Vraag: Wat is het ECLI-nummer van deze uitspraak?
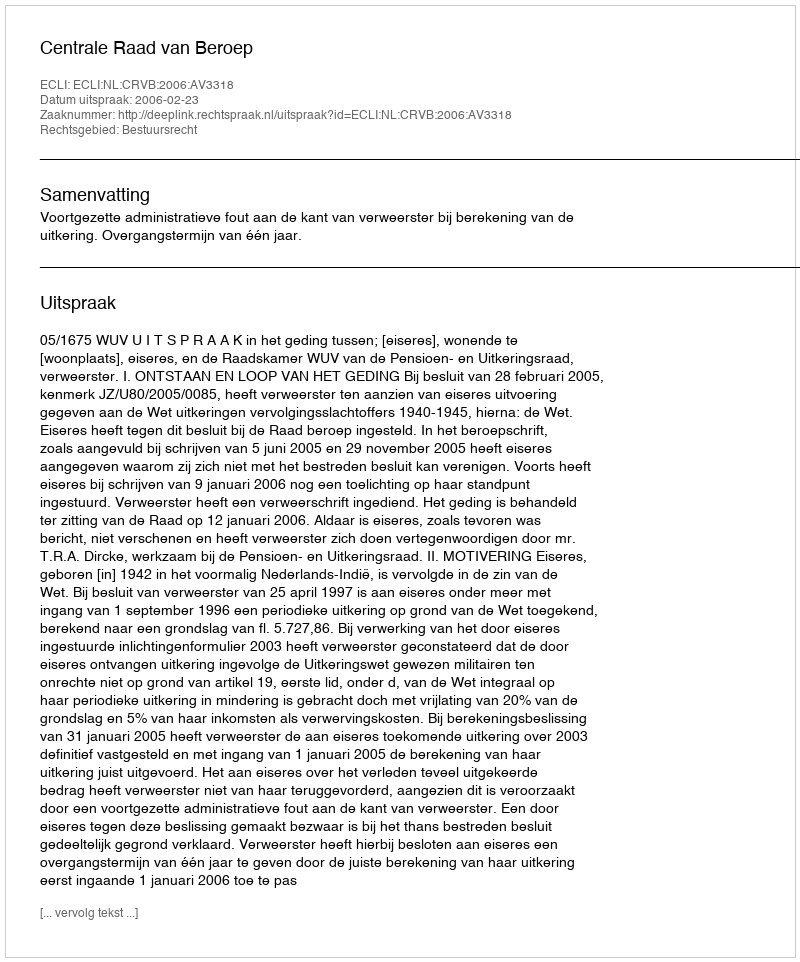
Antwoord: ECLI:NL:CRVB:2006:AV3318